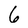
Character: 6